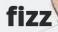
fizz